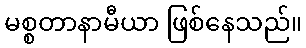
မစ္စတာနာမီယာ ဖြစ်နေသည်။